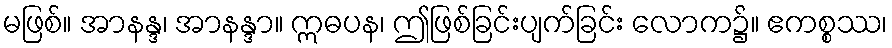
မဖြစ်။ အာနန္ဒ၊ အာနန္ဒာ။ ဣဓပန၊ ဤဖြစ်ခြင်းပျက်ခြင်း လောက၌။ ဧကစ္စဿ၊